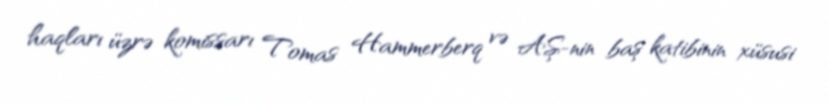
haqları üzrə komissarı Tomas Hammerberq və AŞ-nin baş katibinin xüsusi